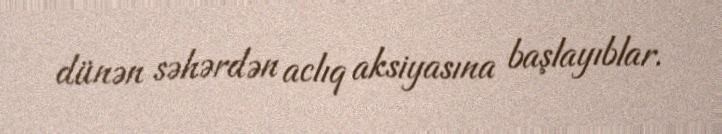
dünən səhərdən aclıq aksiyasına başlayıblar.